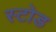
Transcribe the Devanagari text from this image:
स्टोड